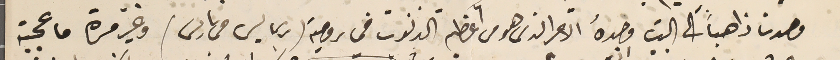
وحدنا ذاهباً الى البيت وحدهُ الامر الذى هو من اعظم الذنوب فى رومية (ربما ليس فى باريس) وغير مرة ما عجبته